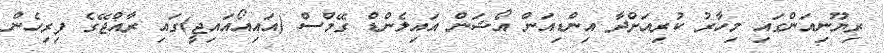
ރިޔޫނިއަންގައި މިހާރު ކުރިއަށްދާ އިންޑިއަން އޯޝަން އައިލެންޑް ގޭމްސް (އައިއޯއައިޖީ)ގައި ރާއްޖޭގެ ފިރިހެން